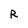
Character: R